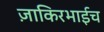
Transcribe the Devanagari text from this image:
ज़ाकिरभाईच